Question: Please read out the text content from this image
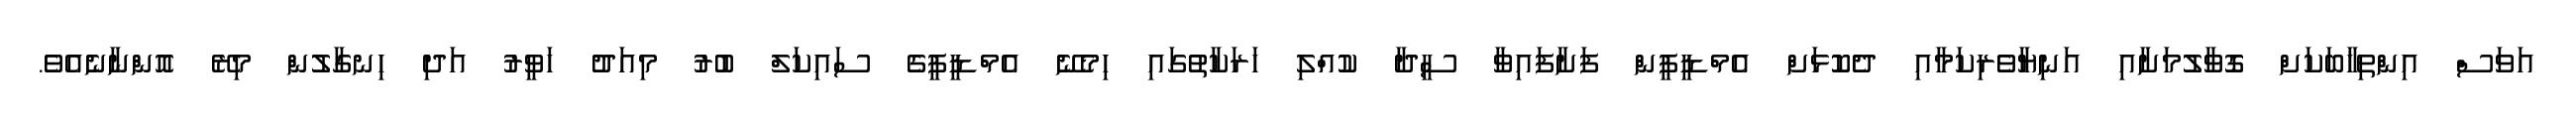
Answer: އަވަސް އިންތިޚާބަކަށް ގޮވާލުމަށާއި އަނިޔާވެރިކަމާއި ދެކޮޅަށް އެމްޑީޕީން ފަށާފައިވާ ސީދާ ކުއްލި ހަރަކާތުގައި ހިމެނޭ އެމްޑީޕީގެ ސައިކަލް ބުރު މިއަދު ހަވީރު އަދި ހިނގާލުން މިރޭ އޮންނާނެއެވެ.